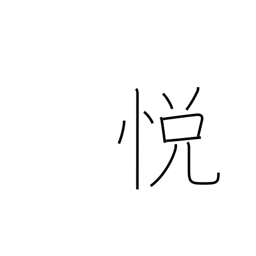
Meaning: rapture